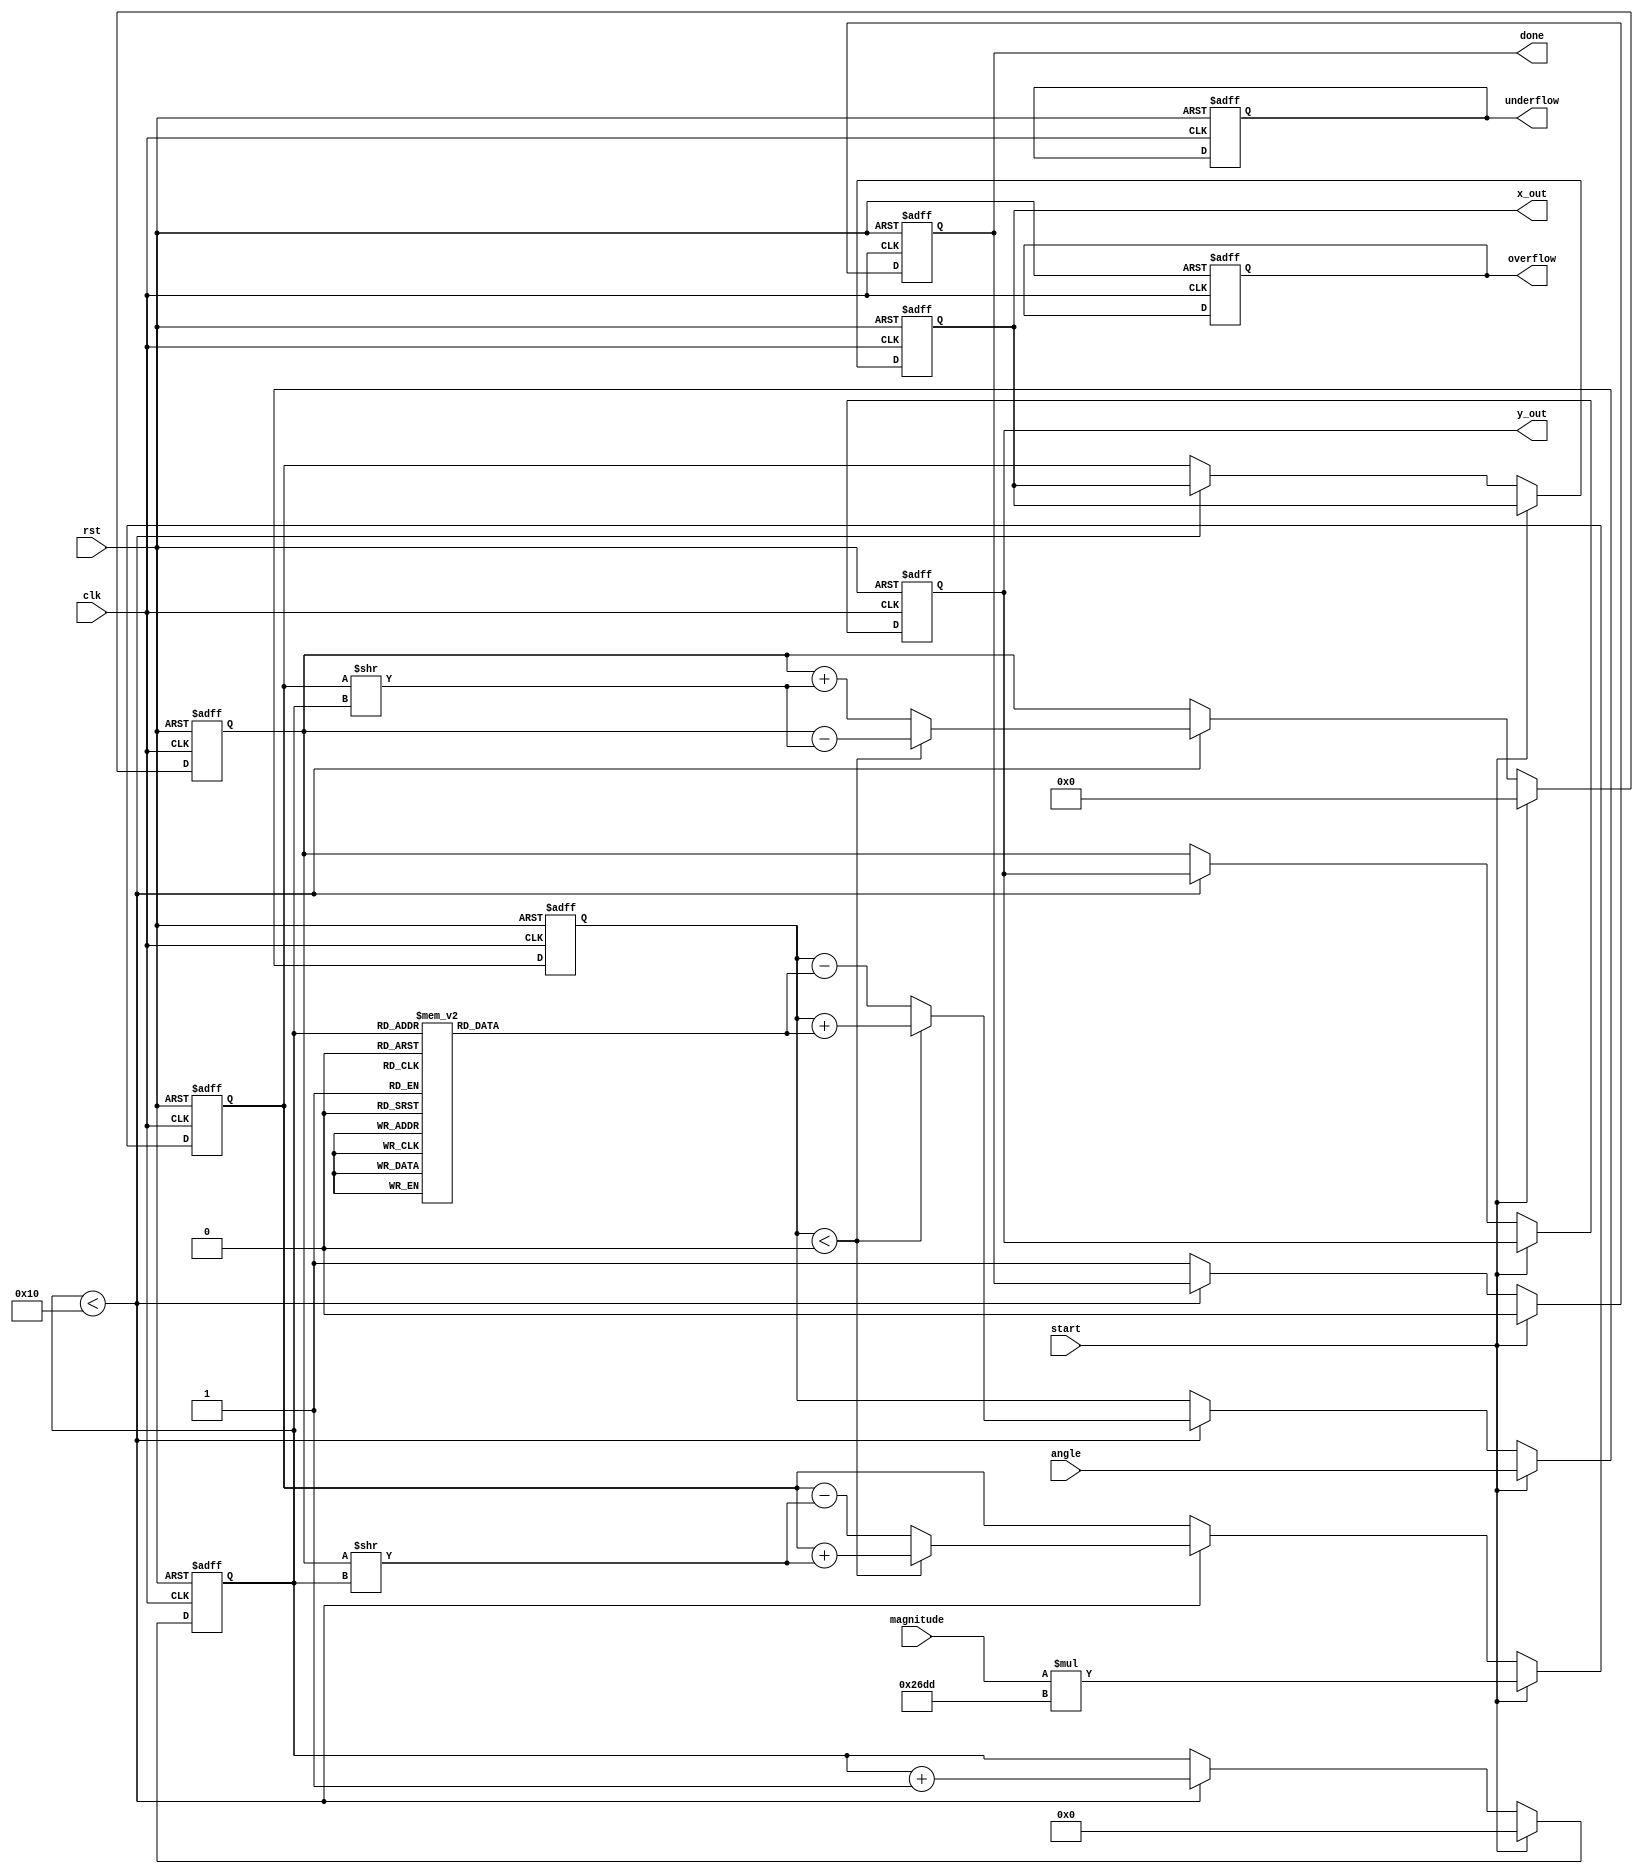
module CORDIC (
    input wire clk,
    input wire rst,
    input wire [15:0] angle,      // Input angle in fixed-point format (e.g., radians)
    input wire [15:0] magnitude,   // Input magnitude for vector operations
    input wire start,              // Start signal for computation
    output reg [15:0] x_out,       // Output x coordinate
    output reg [15:0] y_out,       // Output y coordinate
    output reg done,               // Done signal
    output reg overflow,           // Overflow flag
    output reg underflow           // Underflow flag
);

parameter NUM_ITERATIONS = 16;   // Number of iterations for precision
parameter FIXED_SCALE = 16'h26DD; // Scaling factor (approx. 0.607)

reg [15:0] x[NUM_ITERATIONS-1:0]; // x coordinate register
reg [15:0] y[NUM_ITERATIONS-1:0]; // y coordinate register
reg [15:0] angle_table[NUM_ITERATIONS-1:0]; // Lookup table for arctangent values
reg [3:0] iter;                   // Iteration counter
reg [15:0] current_angle;         // Current angle for iteration
reg [15:0] current_x;             // Current x value
reg [15:0] current_y;             // Current y value

// Initialize angle lookup table
initial begin
    angle_table[0] = 16'h2000; // atan(2^0)
    angle_table[1] = 16'h1000; // atan(2^-1)
    angle_table[2] = 16'h0800; // atan(2^-2)
    angle_table[3] = 16'h0400; // atan(2^-3)
    angle_table[4] = 16'h0200; // atan(2^-4)
    angle_table[5] = 16'h0100; // atan(2^-5)
    angle_table[6] = 16'h0080; // atan(2^-6)
    angle_table[7] = 16'h0040; // atan(2^-7)
    angle_table[8] = 16'h0020; // atan(2^-8)
    angle_table[9] = 16'h0010; // atan(2^-9)
    angle_table[10] = 16'h0008; // atan(2^-10)
    angle_table[11] = 16'h0004; // atan(2^-11)
    angle_table[12] = 16'h0002; // atan(2^-12)
    angle_table[13] = 16'h0001; // atan(2^-13)
    angle_table[14] = 16'h0000; // atan(2^-14)
    angle_table[15] = 16'hFFFF; // atan(2^-15)
end

// Control logic and computation
always @(posedge clk or posedge rst) begin
    if (rst) begin
        x_out <= 0;
        y_out <= 0;
        done <= 0;
        overflow <= 0;
        underflow <= 0;
        iter <= 0;
        current_angle <= 0;
        current_x <= 0;
        current_y <= 0;
    end
    else if (start) begin
        // Initialize values
        current_x <= magnitude * FIXED_SCALE; // Scale the input magnitude
        current_y <= 0;
        current_angle <= angle;
        iter <= 0;
        done <= 0;
    end
    else if (iter < NUM_ITERATIONS) begin
        // CORDIC Iteration
        if (current_angle < 0) begin
            // Rotate clockwise
            current_x <= current_x + (current_y >> iter);
            current_y <= current_y - (current_x >> iter);
            current_angle <= current_angle + angle_table[iter];
        end else begin
            // Rotate counterclockwise
            current_x <= current_x - (current_y >> iter);
            current_y <= current_y + (current_x >> iter);
            current_angle <= current_angle - angle_table[iter];
        end
        iter <= iter + 1;
    end else begin
        // Final output
        x_out <= current_x;
        y_out <= current_y;
        done <= 1;
    end
end

endmodule